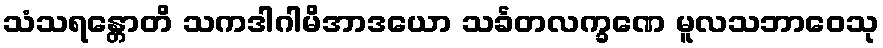
သံသရန္တောတိ သကဒါဂါမိအာဒယော သင်္ခတလက္ခဏေ မူလသဘာဝေသု